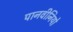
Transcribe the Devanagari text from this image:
पानवीनियो